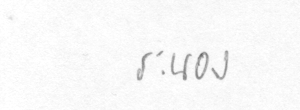
ระนอง